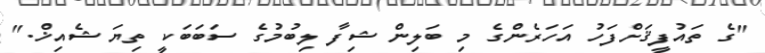
"ގެ ތައުފީޤަށްފަހު އަހަރެންގެ މި ބަލިން ޝިފާ ލިބުމުގެ ސަބަބަކީ ތިޔަ ޝެއިޚް."